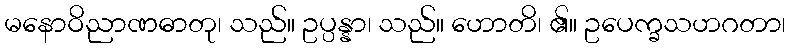
မနောဝိညာဏဓာတု၊ သည်။ ဥပ္ပန္နာ၊ သည်။ ဟောတိ၊ ၏။ ဥပေက္ခသဟဂတာ၊